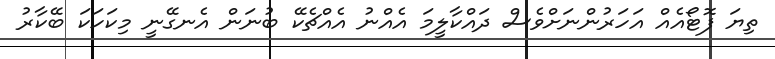
ތިޔަ ފޮޓޯއެއް އަހަރުންނަށްވެސް ދައްކާލީމަ އެއްނު އެއްޗެކޭ ބުނަން އެނގޭނީ މިކަހަކަ ބޭކާރު